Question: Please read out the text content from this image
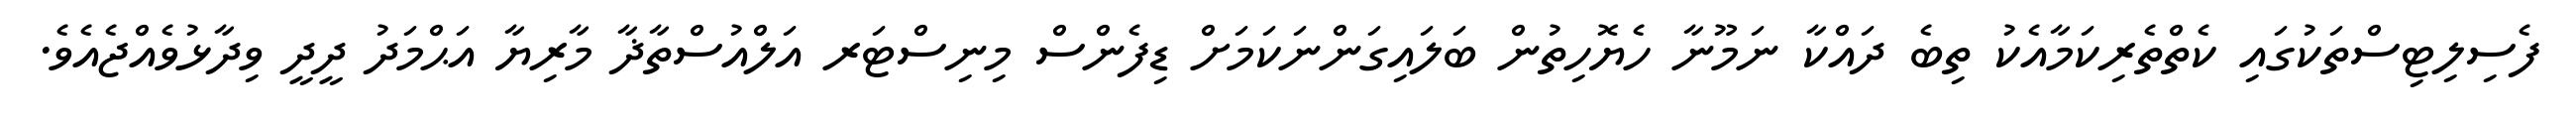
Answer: ފެސިލިޓިސްތަކުގައި ކެތްތެރިކަމާއެކު ތިބެ ދައްކާ ނަމޫނާ ހެޔޮހިތުން ބަލައިގަންނަކަމަށް ޑިފެންސް މިނިސްޓަރ އަލްއުސްތާޛާ މާރިޔާ އަޙްމަދު ދީދީ ވިދާޅުވެއްޖެއެވެ.